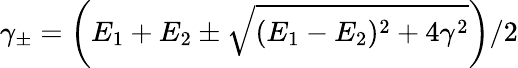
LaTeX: \gamma_{\pm}=\left(E_{1}+E_{2}\pm\sqrt{(E_{1}-E_{2})^{2}+4\gamma^{2}}\right)/2